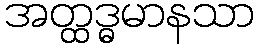
အတ္ထဒ္ဓမာနသာ